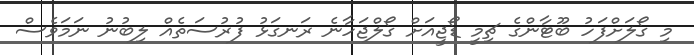
މި ގޯލަށްފަހު ބޫޓާންގެ ޗިމީ ޑޯޖީއަށް ގޯލްޖަހާނެ ރަނގަޅު ފުރުސަތެއް ލިބުނު ނަމަވެސް